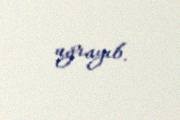
uğrayıb.